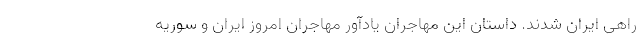
راهی ایران شدند. داستان این مهاجران یادآور مهاجران امروز ایران و سوریه